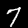
Digit: 7